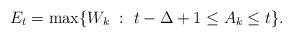
\begin{align*}E_t = \max \{ W_k \; : ~t-\Delta+1 \leq A_k \leq t \}.\end{align*}